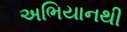
અભિયાનથી